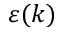
\varepsilon ( k )